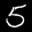
Label: 5